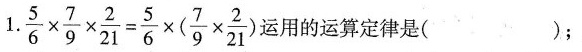
1. $$\frac { 5 } { 6 } \times \frac { 7 } { 9 } \times \frac { 2 } { 2 1 } = \frac { 5 } { 6 } \times ( \frac { 7 } { 9 } \times \frac { 2 } { 2 1 } )$$运用的运算定律是( )；